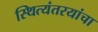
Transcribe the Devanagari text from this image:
स्थित्यंतरयांचा